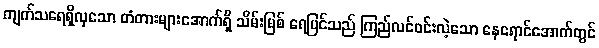
ကျက်သရေရှိလှသော တံတားများအောက်ရှိ သိမ်းမြစ် ရေပြင်သည် ကြည်လင်ဝင်းလဲ့သော နေရောင်အောက်တွင်